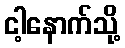
ငါ့နောက်သို့